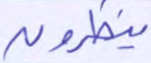
ينظرون